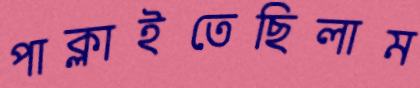
পাক্‌লাইতেছিলাম